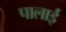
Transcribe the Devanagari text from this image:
पालाई